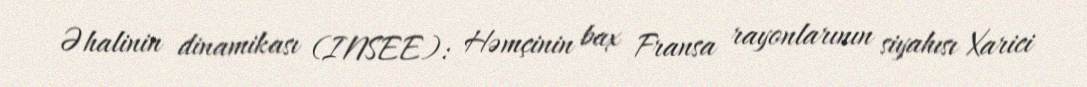
Əhalinin dinamikası (INSEE): Həmçinin bax Fransa rayonlarının siyahısı Xarici